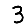
Digit: 3